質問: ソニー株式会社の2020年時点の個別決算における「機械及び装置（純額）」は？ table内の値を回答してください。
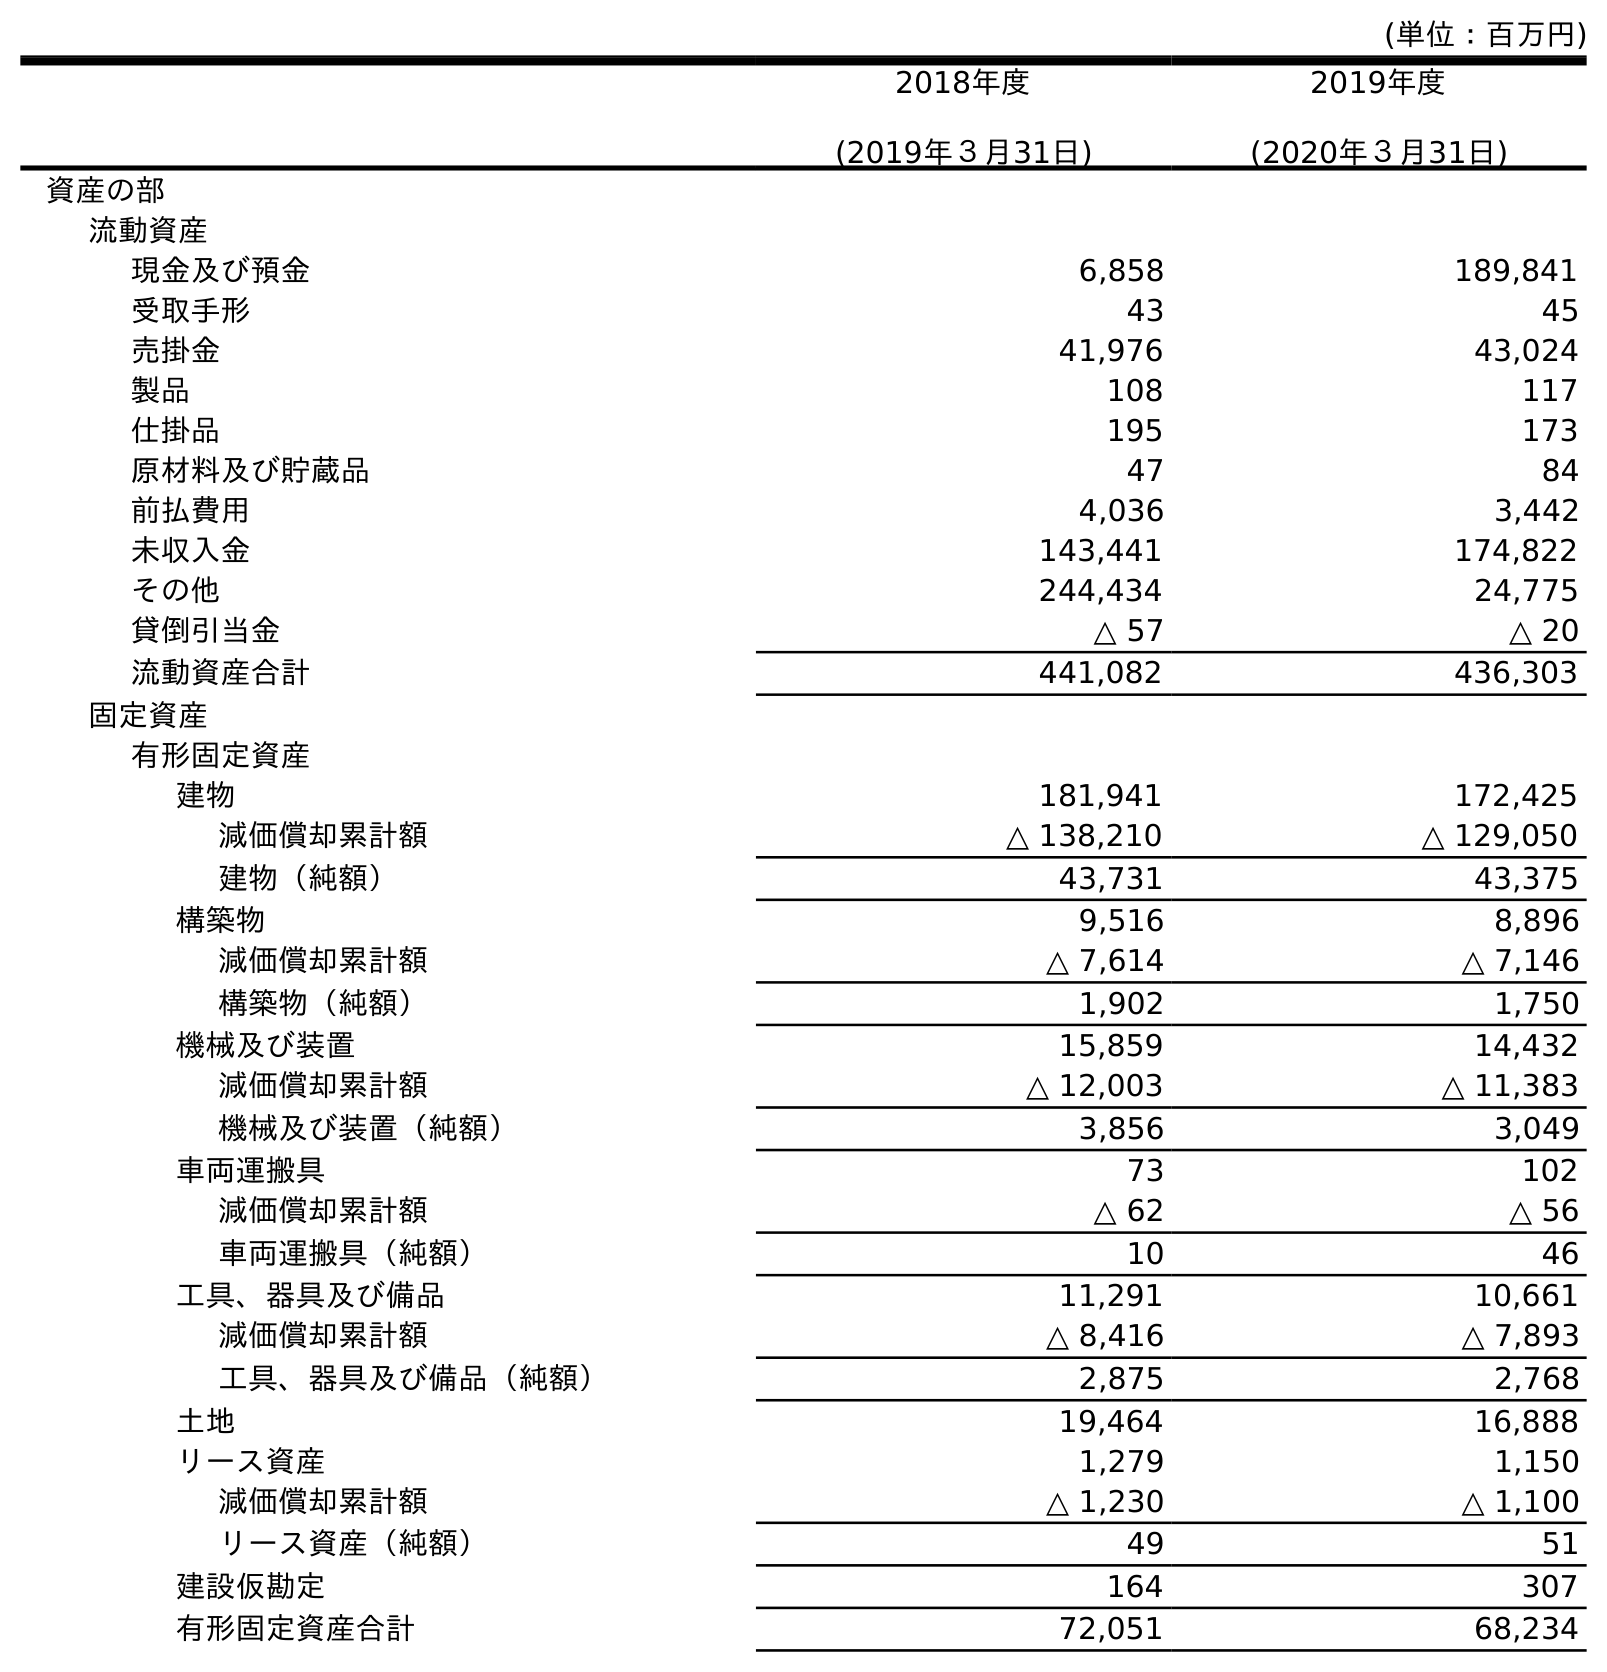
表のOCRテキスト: (単位：百万円) 2018年度 (2019年３月31日) 2019年度 (2020年３月31日) 資産の部 流動資産 現金及び預金 6,858 189,841 受取手形 43 45 売掛金 41,976 43,024 製品 108 117 仕掛品 195 173 原材料及び貯蔵品 47 84 前払費用 4,036 3,442 未収入金 143,441 174,822 その他 244,434 24,775 貸倒引当金 △ 57 △ 20 流動資産合計 441,082 436,303 固定資産 有形固定資産 建物 181,941 172,425 減価償却累計額 △ 138,210 △ 129,050 建物（純額） 43,731 43,375 構築物 9,516 8,896 減価償却累計額 △ 7,614 △ 7,146 構築物（純額） 1,902 1,750 機械及び装置 15,859 14,432 減価償却累計額 △ 12,003 △ 11,383 機械及び装置（純額） 3,856 3,049 車両運搬具 73 102 減価償却累計額 △ 62 △ 56 車両運搬具（純額） 10 46 工具、器具及び備品 11,291 10,661 減価償却累計額 △ 8,416 △ 7,893 工具、器具及び備品（純額） 2,875 2,768 土地 19,464 16,888 リース資産 1,279 1,150 減価償却累計額 △ 1,230 △ 1,100 リース資産（純額） 49 51 建設仮勘定 164 307 有形固定資産合計 72,051 68,234
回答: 3,049